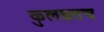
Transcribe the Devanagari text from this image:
कुलव्रतच